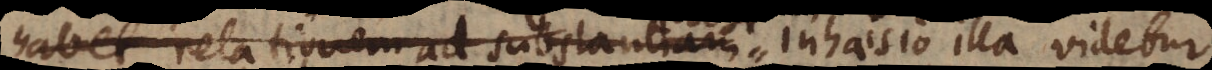
habet relationem ad substantiam inhaesio illa videtur